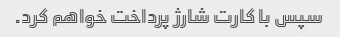
سپس با کارت شارژ پرداخت خواهم کرد.